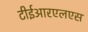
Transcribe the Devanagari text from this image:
टीईआरएलएस